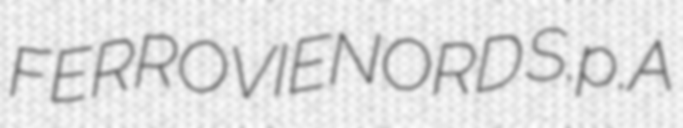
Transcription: FERROVIENORD S.p.A